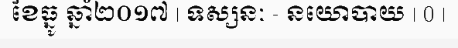
ខែធ្នូ ឆ្នាំ២០១៧ | ទស្សនៈ - នយោបាយ | 0 |